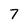
Character: 7